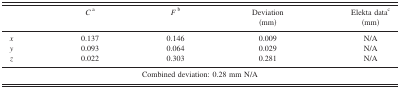
<table><thead><tr><td></td><td><b><i>C</i><sup>a</sup></b></td><td><b><i>F</i><sup>b</sup></b></td><td><b>Deviation (mm)</b></td><td><b>Elekta data<sup>c</sup> (mm)</b></td></tr></thead><tbody><tr><td><i>x</i></td><td>0.137</td><td>0.146</td><td>0.009</td><td>N/A</td></tr><tr><td><i>y</i></td><td>0.093</td><td>0.064</td><td>0.029</td><td>N/A</td></tr><tr><td><i>z</i></td><td>0.022</td><td>0.303</td><td>0.281</td><td>N/A</td></tr><tr><td colspan="5">Combined deviation: 0.28 mm N/A</td></tr></tbody></table>